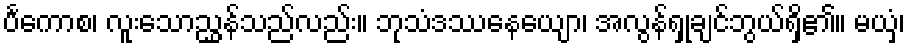
ပင်္ကောစ၊ လူးသောညွှန်သည်လည်း။ ဘုသံဒဿနေယျော၊ အလွန်ရှုချင်ဘွယ်ရှိ၏။ မယှံ၊